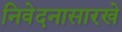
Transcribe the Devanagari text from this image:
निवेदनासारखे